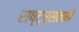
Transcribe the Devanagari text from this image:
राष्ट्रसंताने